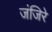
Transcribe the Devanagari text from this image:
जंजिरे